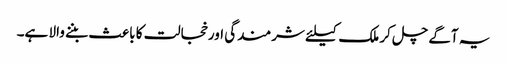
یہ آگے چل کر ملک کیلئے شرمندگی اور خجالت کا باعث بننے والا ہے۔